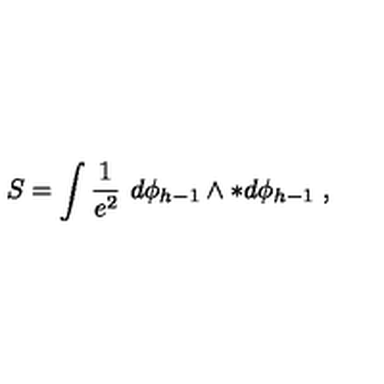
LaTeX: S = \int { \frac { 1 } { e ^ { 2 } } } \ d \phi _ { h - 1 } \wedge * d \phi _ { h - 1 } \ ,